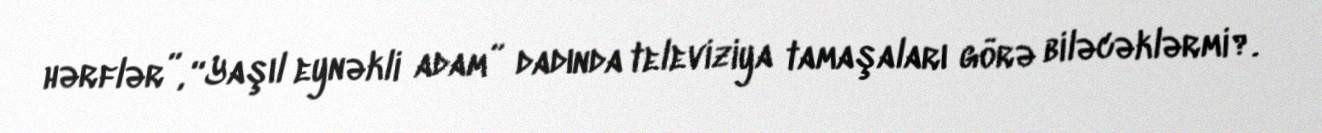
hərflər”, “Yaşıl eynəkli adam” dadında televiziya tamaşaları görə biləcəklərmi?.